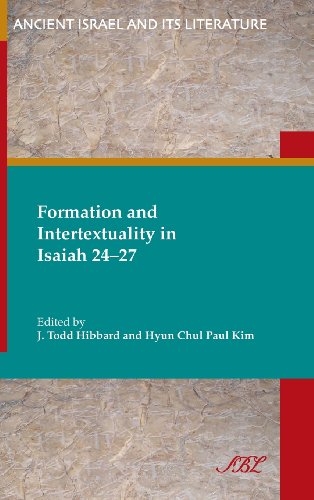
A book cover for Formation and Intertextuality in Isaiah 24-27 (Society of Biblical Literature Ancient Israel and Its Litera); Paul Kim; Christian Books & Bibles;